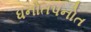
ધનોતપનોત